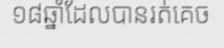
១៨ឆ្នាំដែលបានរត់គេច